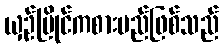
ယှဉ်ပြိုင်ကစားမည်ဖြစ်သည်